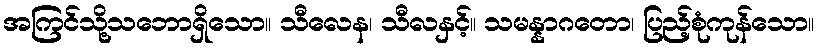
အကြင်သို့သဘောရှိသော။ သီလေန၊ သီလနှင့်။ သမန္နာဂတော၊ ပြည့်စုံကုန်သော။